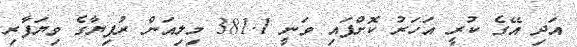
އަދި އޭގެ ކުރީ އަހަރު ކޮށްފައި ވަނީ 381.1 މިލިއަން ރުފިޔާގެ ވިޔަފާރި